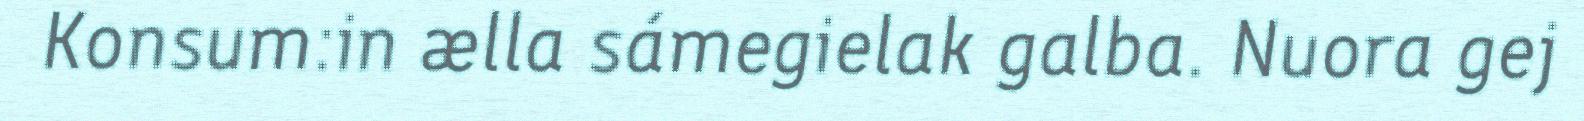
Konsum:in ælla sámegielak galba. Nuora gej